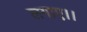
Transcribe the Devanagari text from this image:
लगाए।।